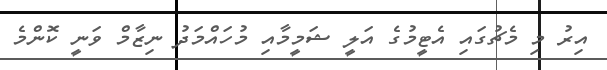
އިރު މި މެޗުގައި އެޓީމުގެ އަލީ ޝަމީމާއި މުހައްމަދު ނިޒާމް ވަނީ ކޮންމެ